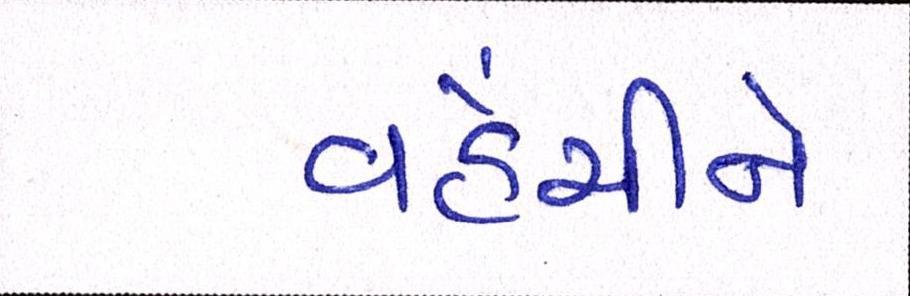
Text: વહેંચીને